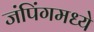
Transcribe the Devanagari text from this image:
जंपिंगमध्ये